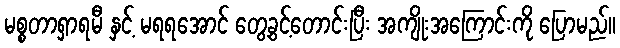
မစ္စတာရှာရမီ နှင့် မရရအောင် တွေ့ခွင့်တောင်းပြီး အကျိုးအကြောင်းကို ပြောမည်။